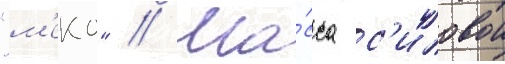
"м'еко" // Ма́сса с'иловои